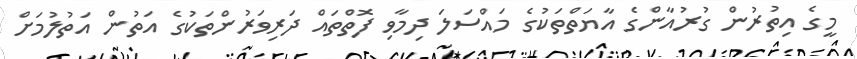
މީގެ އިތުރުން ގުރުއާންގެ އާޔަތްތަކުގެ މައްސަލަ ދިމާވި ފޮތްތައް ދަރިވަރުންތަކުގެ އަތުން އަތުލުމަށް